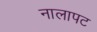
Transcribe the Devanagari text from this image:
नालापट